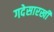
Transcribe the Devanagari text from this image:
गदेसारखी